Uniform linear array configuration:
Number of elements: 24
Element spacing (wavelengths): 0.25
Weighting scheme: cosine
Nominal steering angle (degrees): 0
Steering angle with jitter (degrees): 1.194
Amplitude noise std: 0.05
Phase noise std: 0.05

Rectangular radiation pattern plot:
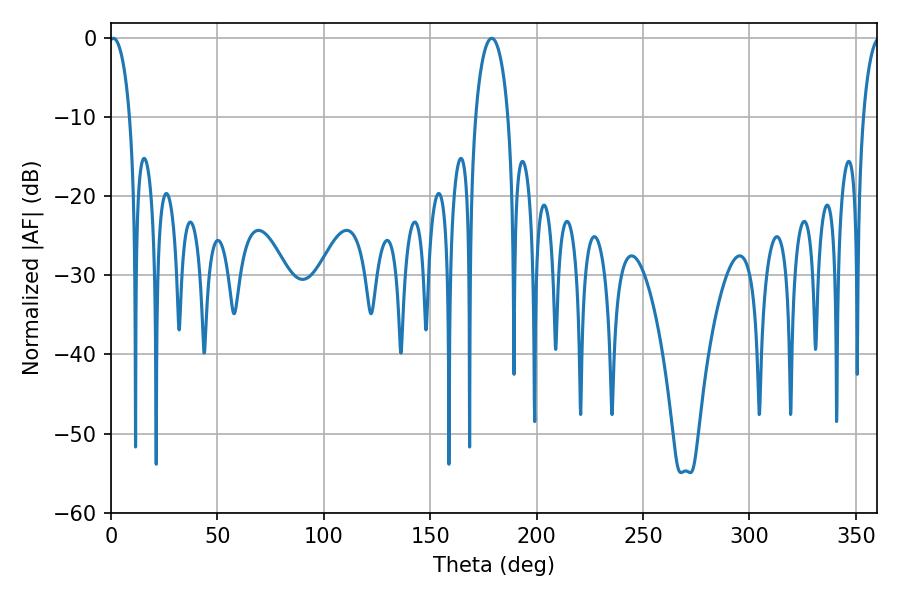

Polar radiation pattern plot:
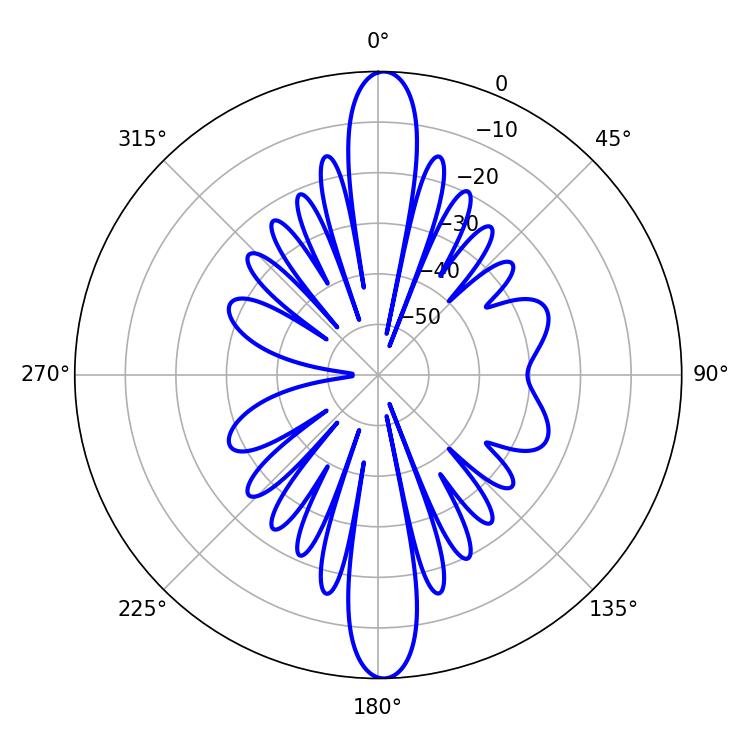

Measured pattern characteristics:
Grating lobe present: FALSE
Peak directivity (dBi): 23.776
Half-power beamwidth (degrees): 5.58
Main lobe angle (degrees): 1.08